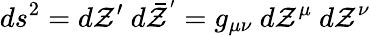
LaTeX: ds^{2}=d\mathcal{Z}^{\prime}~d\bar{{\mathcal{Z}}}^{'}=g_{\mu\nu}~d\mathcal{Z}^{\mu}~d\mathcal{Z}^{\nu}